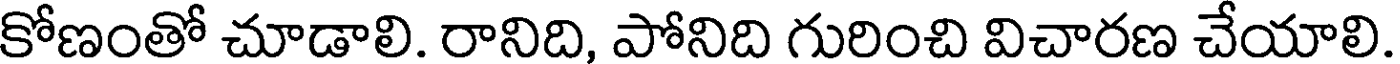
కోణంతో చూడాలి. రానిది, పోనిది గురించి విచారణ చేయాలి.